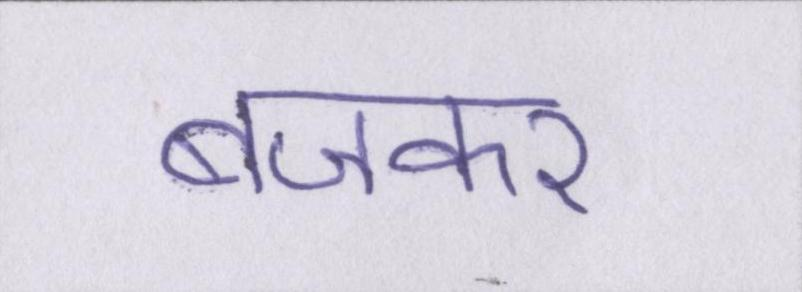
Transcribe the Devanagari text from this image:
बजकर